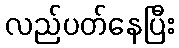
လည်ပတ်နေပြီး